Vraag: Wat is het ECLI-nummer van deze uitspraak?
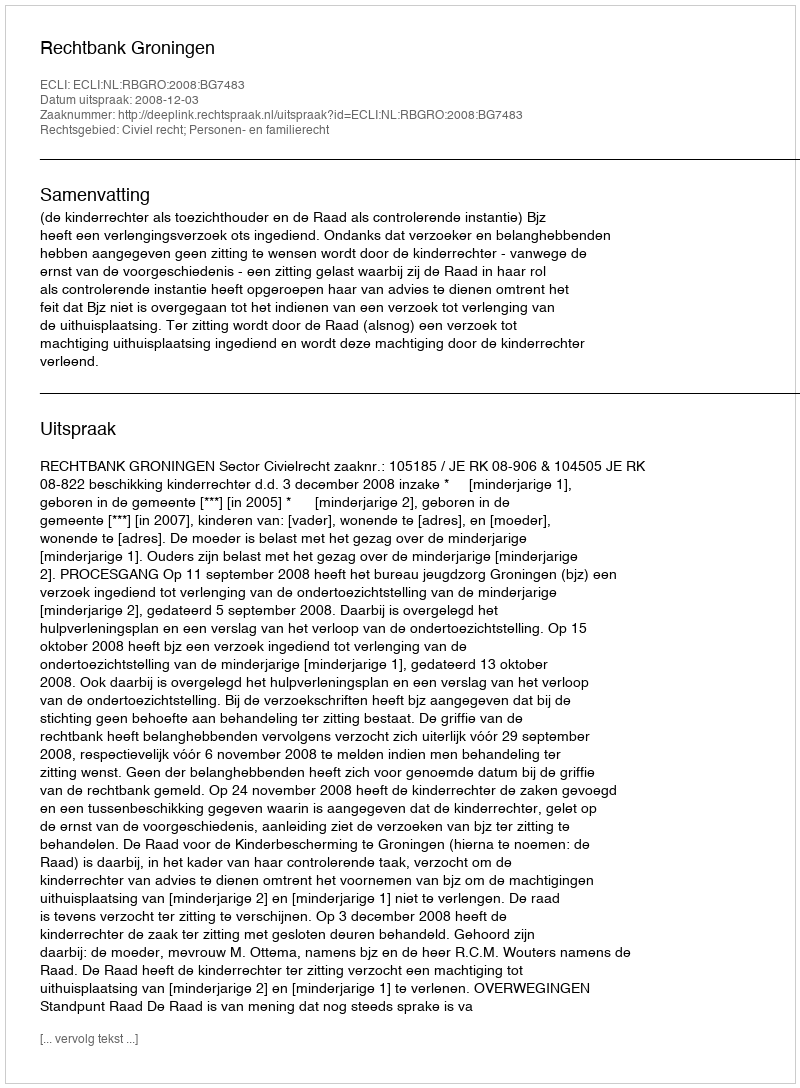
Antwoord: ECLI:NL:RBGRO:2008:BG7483